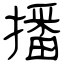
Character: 播